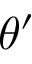
\theta ^ { \prime }